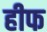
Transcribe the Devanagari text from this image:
हीफ